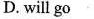
D. will go